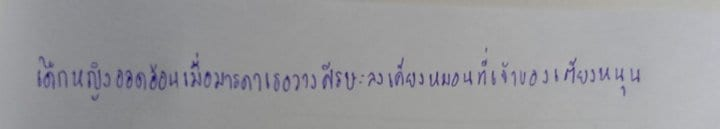
เด็กหญิงออดอ้อนเมื่อมารดาเธอวางศีรษะลงเคียงหมอนที่เจ้าของเตียงหนุน